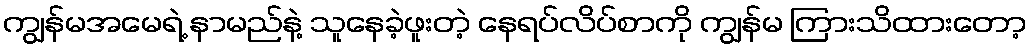
ကျွန်မအမေရဲ့ နာမည်နဲ့ သူနေခဲ့ဖူးတဲ့ နေရပ်လိပ်စာကို ကျွန်မ ကြားသိထားတော့